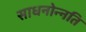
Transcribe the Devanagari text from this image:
साधनोन्नति